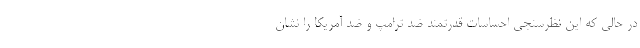
در حالی که این نظرسنجی احساسات قدرتمند ضد ترامپ و ضد آمریکا را نشان